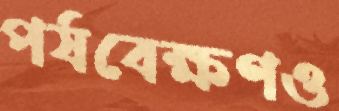
পর্যবেক্ষণও